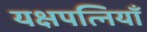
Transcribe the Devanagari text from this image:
यक्षपत्नियाँ